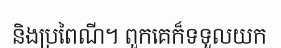
និងប្រពៃណី។ ពួកគេក៏ទទួលយក